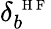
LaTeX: \delta_{b}^{\mathrm{~\scriptsize~H~F~}}